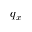
q _ { x }